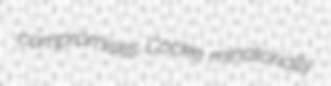
compromises Cocke minatorially